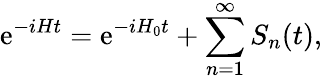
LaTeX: \mathrm{e}^{-iHt}=\mathrm{e}^{-iH_{0}t}+\sum_{n=1}^{\infty}S_{n}(t),